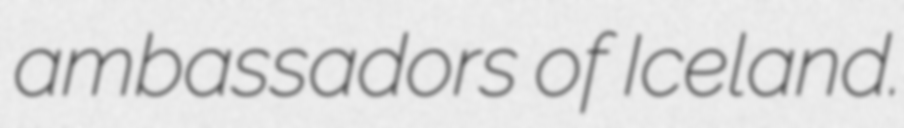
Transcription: ambassadors of Iceland.